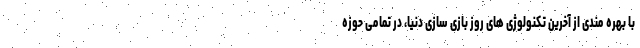
با بهره مندی از آخرین تکنولوژی های روز بازی سازی دنیا، در تمامی حوزه